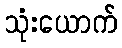
သုံးယောက်